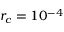
r _ { c } = 1 0 ^ { - 4 }